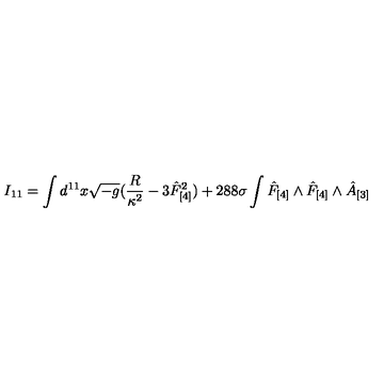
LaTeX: I _ { 1 1 } = \int d ^ { 1 1 } x \sqrt { - g } ( { \frac { R } { \kappa ^ { 2 } } } - 3 \hat { F } _ { [ 4 ] } ^ { 2 } ) + { 2 8 8 } \sigma \int \hat { F } _ { [ 4 ] } \wedge \hat { F } _ { [ 4 ] } \wedge \hat { A } _ { [ 3 ] }